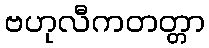
ဗဟုလီကတတ္တာ